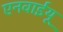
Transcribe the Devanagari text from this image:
एनवाईयू